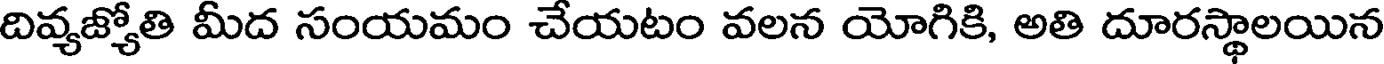
దివ్యజ్యోతి మీద సంయమం చేయటం వలన యోగికి, అతి దూరస్థాలయిన